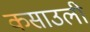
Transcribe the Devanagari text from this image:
कसाउली